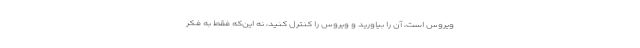
ویروس است، آن را بیاورید و ویروس را کنترل کنید، نه این‌که فقط به فکر